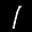
Label: 1